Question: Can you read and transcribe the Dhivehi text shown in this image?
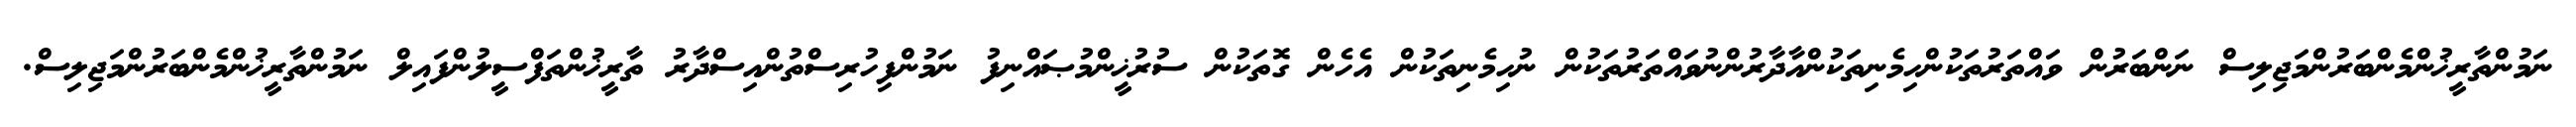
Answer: ނަމުންތާރީޚުންމެންބަރުންމަޖިލިސް ނަންބަރުން ވައްތަރުތަކުންހިމެނިތަކުންއާދާރުންނުވައްތަރުތަކުން ނުހިމެނިތަކުން އެހެން ގޮތަކުން ސުރުޚީންމުޞައްނިފު ނަމުންފިހުރިސްތުންއިސްދާރު ތާރީޚުންތަފްސީލުންފައިލް ނަމުންތާރީޚުންމެންބަރުންމަޖިލިސް.